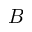
\boldsymbol { B }